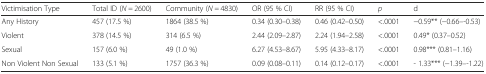
<table><thead><tr><td><b>Victimisation Type</b></td><td><b>Total ID (<i>N =</i> 2600)</b></td><td><b>Community (<i>N =</i> 4830)</b></td><td><b>OR (95 % CI)</b></td><td><b>RR (95 % CI)</b></td><td><b><i>p</i></b></td><td><b>d</b></td></tr></thead><tbody><tr><td>Any History</td><td>457 (17.5 %)</td><td>1864 (38.5 %)</td><td>0.34 (0.30–0.38)</td><td>0.46 (0.42–0.50)</td><td>&lt;.0001</td><td>−0.59** (−0.66–-0.53)</td></tr><tr><td>Violent</td><td>378 (14.5 %)</td><td>314 (6.5 %)</td><td>2.44 (2.09–2.87)</td><td>2.24 (1.94–2.58)</td><td>&lt;.0001</td><td>0.49* (0.37–0.52)</td></tr><tr><td>Sexual</td><td>157 (6.0 %)</td><td>49 (1.0 %)</td><td>6.27 (4.53–8.67)</td><td>5.95 (4.33–8.17)</td><td>&lt;.0001</td><td>0.98*** (0.81–1.16)</td></tr><tr><td>Non Violent Non Sexual</td><td>133 (5.1 %)</td><td>1757 (36.3 %)</td><td>0.09 (0.08–0.11)</td><td>0.14 (0.12–0.17)</td><td>&lt;.0001</td><td>- 1.33*** (−1.39–-1.22)</td></tr></tbody></table>